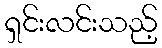
ရှင်းလင်းသည့်